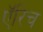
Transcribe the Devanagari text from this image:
ऍरिच